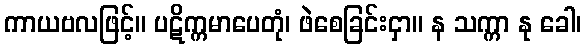
ကာယဗလဖြင့်။ ပဋိက္ကမာပေတုံ၊ ဖဲစေခြင်းငှာ။ န သက္ကာ နု ခေါ၊